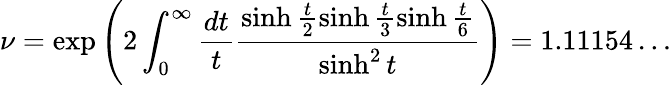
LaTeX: \nu=\exp\left(2\int_{0}^{\infty}\frac{dt}{t}\frac{\sinh\frac{t}{2}\sinh\frac{t}{3}\sinh\frac{t}{6}}{\sinh^{2}t}\right)=1.11154\ldots